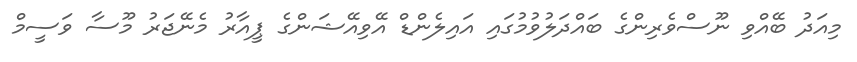
މިއަދު ބޭއްވި ނޫސްވެރިންގެ ބައްދަލުވުމުގައި އައިލެންޑް އޭވިއޭޝަންގެ ޕީއާރު މެނޭޖަރު މޫސާ ވަސީމް